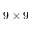
9 \times 9